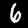
Digit: 6